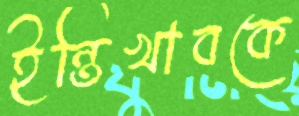
ইন্তিখাবকে